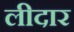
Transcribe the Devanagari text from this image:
लीदार